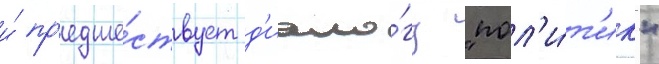
и́ пр'едше́ствует д'иало́гу "пол'и́т'ик"